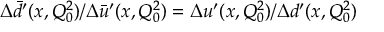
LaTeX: \Delta \bar { d } ^ { \prime } ( x , Q _ { 0 } ^ { 2 } ) / \Delta \bar { u } ^ { \prime } ( x , Q _ { 0 } ^ { 2 } ) = \Delta u ^ { \prime } ( x , Q _ { 0 } ^ { 2 } ) / \Delta d ^ { \prime } ( x , Q _ { 0 } ^ { 2 } )